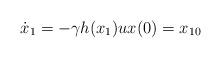
LaTeX: \begin{align*}\dot{x}_1 =-\gamma h(x_1) ux(0) = x_{10}\end{align*}